Papers set at the Examination for Leaving Certificates, 1891
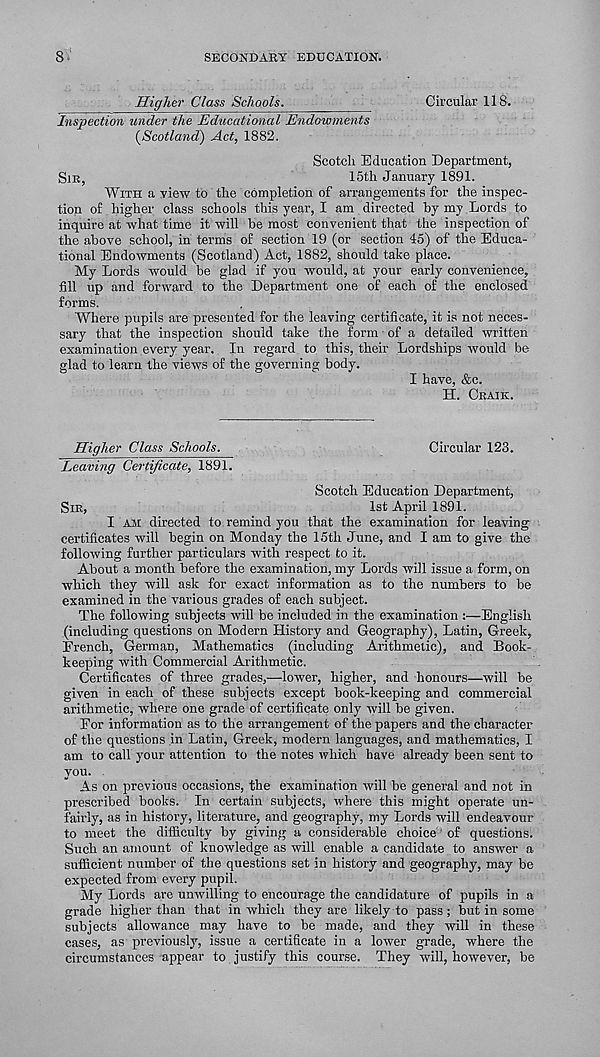
8-
SECONDARY EDUCATION.
Higher Class Schools.
Circular 118.
Inspection under the Educational Endowments
[Scotland) Act, 1882.
Scotch Education Department,
SIR,
15th January 1891.
WITH a view to the completion of arrangements for the inspec-
tion of higher class schools this year, I am directed by my Lords to
inquire at what time it will be most convenient that the inspection of
the above school, in terms of section 19 (or section 45) of the Educa-
tional Endowments (Scotland) Act, 1882, should take place.
My Lords would be glad if you would, at your early convenience,
fill up and forward to the Department one of each of the enclosed
forms.
Where pupils are presented for the leaving certificate, it is not neces-
sary that the inspection should take the form of a detailed written
examination every year. In regard to this, their Lordships would be
glad to learn the views of the governing body.
I have, &c.
H. CRAIK.
Higher Class Schools.
Circular 123.
Leaving Certificate, 1891.
Scotch Education Department,
SIR,
1st April 1891.
I AM directed to remind you that the examination for leaving
certificates will begin on Monday the 15th June, and I am to give the
following further particulars with respect to it.
About a month before the examination, my Lords will issue a form, on
which they will ask for exact information as to the numbers to be
examined in the various grades of each subject.
The following subjects will be included in the examination :—English
(including questions on Modern History and Geography), Latin, Greek,
French, German, Mathematics (including Arithmetic), and Book-
keeping with Commercial Arithmetic.
Certificates of three grades,—lower, higher, and honours—will be
given in each of these subjects except book-keeping and commercial
arithmetic, where one grade of certificate only will be given.
For information as to the arrangement of the papers and the character
of the questions in Latin, Greek, modern languages, and mathematics, I
am to call your attention to the notes which have already been sent to
you.
As on previous occasions, the examination will be general and not in
prescribed books. In certain subjects, where this might operate un-
fairly, as in history, literature, and geography, my Lords will endeavour
to meet the difficulty by giving a considerable choice of questions.
Such an amount of knowledge as will enable a candidate to answer a
sufficient number of the questions set in history and geography, may be
expected from every pupil.
My Lords are unwilling to encourage the candidature of pupils in a
grade higher than that in which they are likely to pass ; but in some
subjects allowance may have to be made, and they will in these
cases, as previously, issue a certificate in a lower grade, where the
circumstances appear to justify this course. They will, however, be